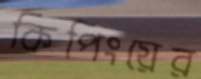
কিপিংয়ের